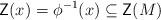
LaTeX: \begin{align*}\mathsf{Z}(x) = \phi^{-1}(x) \subseteq \mathsf{Z}(M)\end{align*}